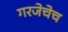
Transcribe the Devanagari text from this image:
गरजेचेच